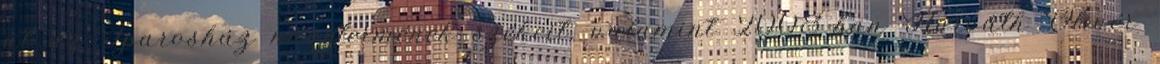
át az Iparosház nagytermének székeit, valamint 2008-ban Horváth Olivér